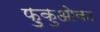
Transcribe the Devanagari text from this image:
फ़ुकुओका